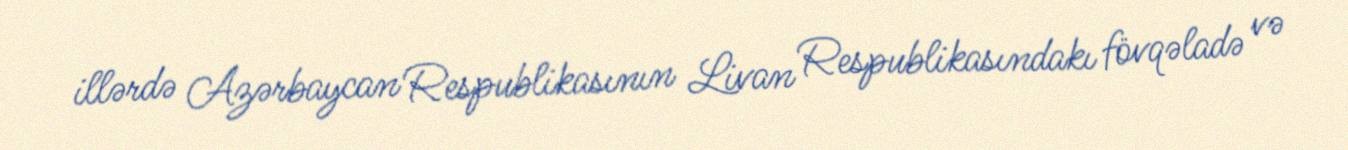
illərdə Azərbaycan Respublikasının Livan Respublikasındakı fövqəladə və